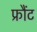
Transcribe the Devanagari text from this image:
फ्रौंट